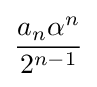
{\frac {a_{n}\alpha ^{n}}{2^{n-1}}}